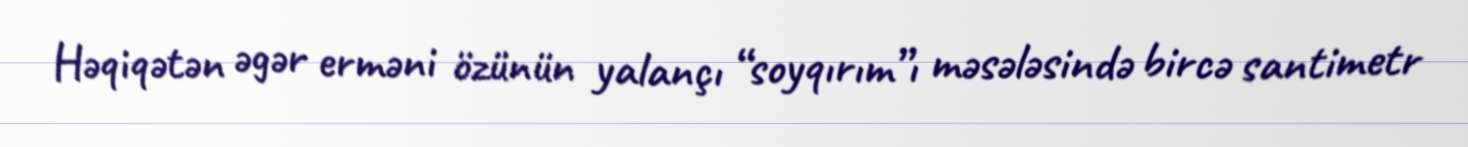
Həqiqətən əgər erməni özünün yalançı “soyqırım”ı məsələsində bircə santimetr